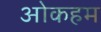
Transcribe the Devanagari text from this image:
ओकहम